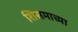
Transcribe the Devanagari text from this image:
शिसमाच्या